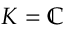
K = \mathbb { C }